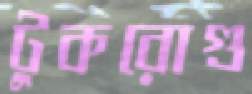
টুকরোগু